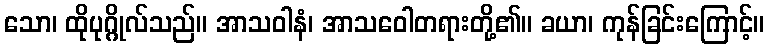
သော၊ ထိုပုဂ္ဂိုလ်သည်။ အာသဝါနံ၊ အာသဝေါတရားတို့၏။ ခယာ၊ ကုန်ခြင်းကြောင့်။